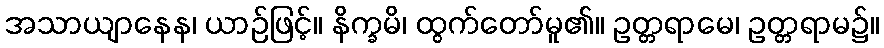
အသာယျာနေန၊ ယာဉ်ဖြင့်။ နိက္ခမိ၊ ထွက်တော်မူ၏။ ဥတ္တရာမေ၊ ဥတ္တရာမ၌။